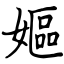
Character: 嫗